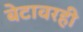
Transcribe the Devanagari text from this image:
बेटावरही